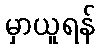
မှာယူရန်